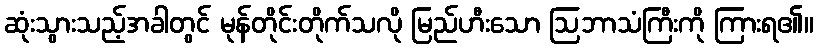
ဆုံးသွားသည့်အခါတွင် မုန်တိုင်းတိုက်သလို မြည်ဟီးသော ဩဘာသံကြီးကို ကြားရ၏။